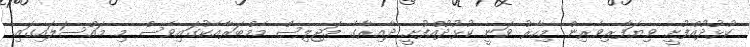
ކުޅުދުއްފުށީ ވިޔަފާރިވެރިން މިހާރު ވަނީ ކުޅުދުއްފުށީ ދާއިރާގެ މަޖިލިސް މެމްބަރާއެކުގައިވެސް މި މައްސަލައިގައި